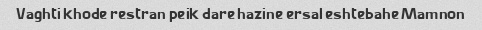
Vaghti khode restran peik dare hazine ersal eshtebahe Mamnon